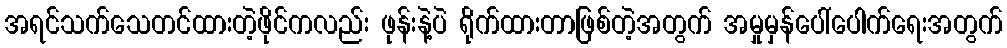
အရင်သက်သေတင်ထားတဲ့ဖိုင်ကလည်း ဖုန်းနဲ့ပဲ ရိုက်ထားတာဖြစ်တဲ့အတွက် အမှုမှန်ပေါ်ပေါက်ရေးအတွက်